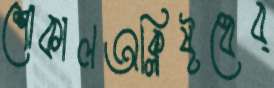
শোকালঅক্লিষ্টধেব্